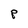
Character: p